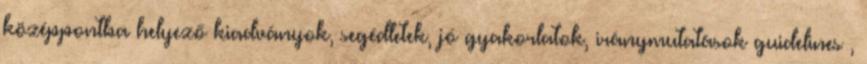
középpontba helyező kiadványok, segédletek, jó gyakorlatok, iránymutatások guidelines ,